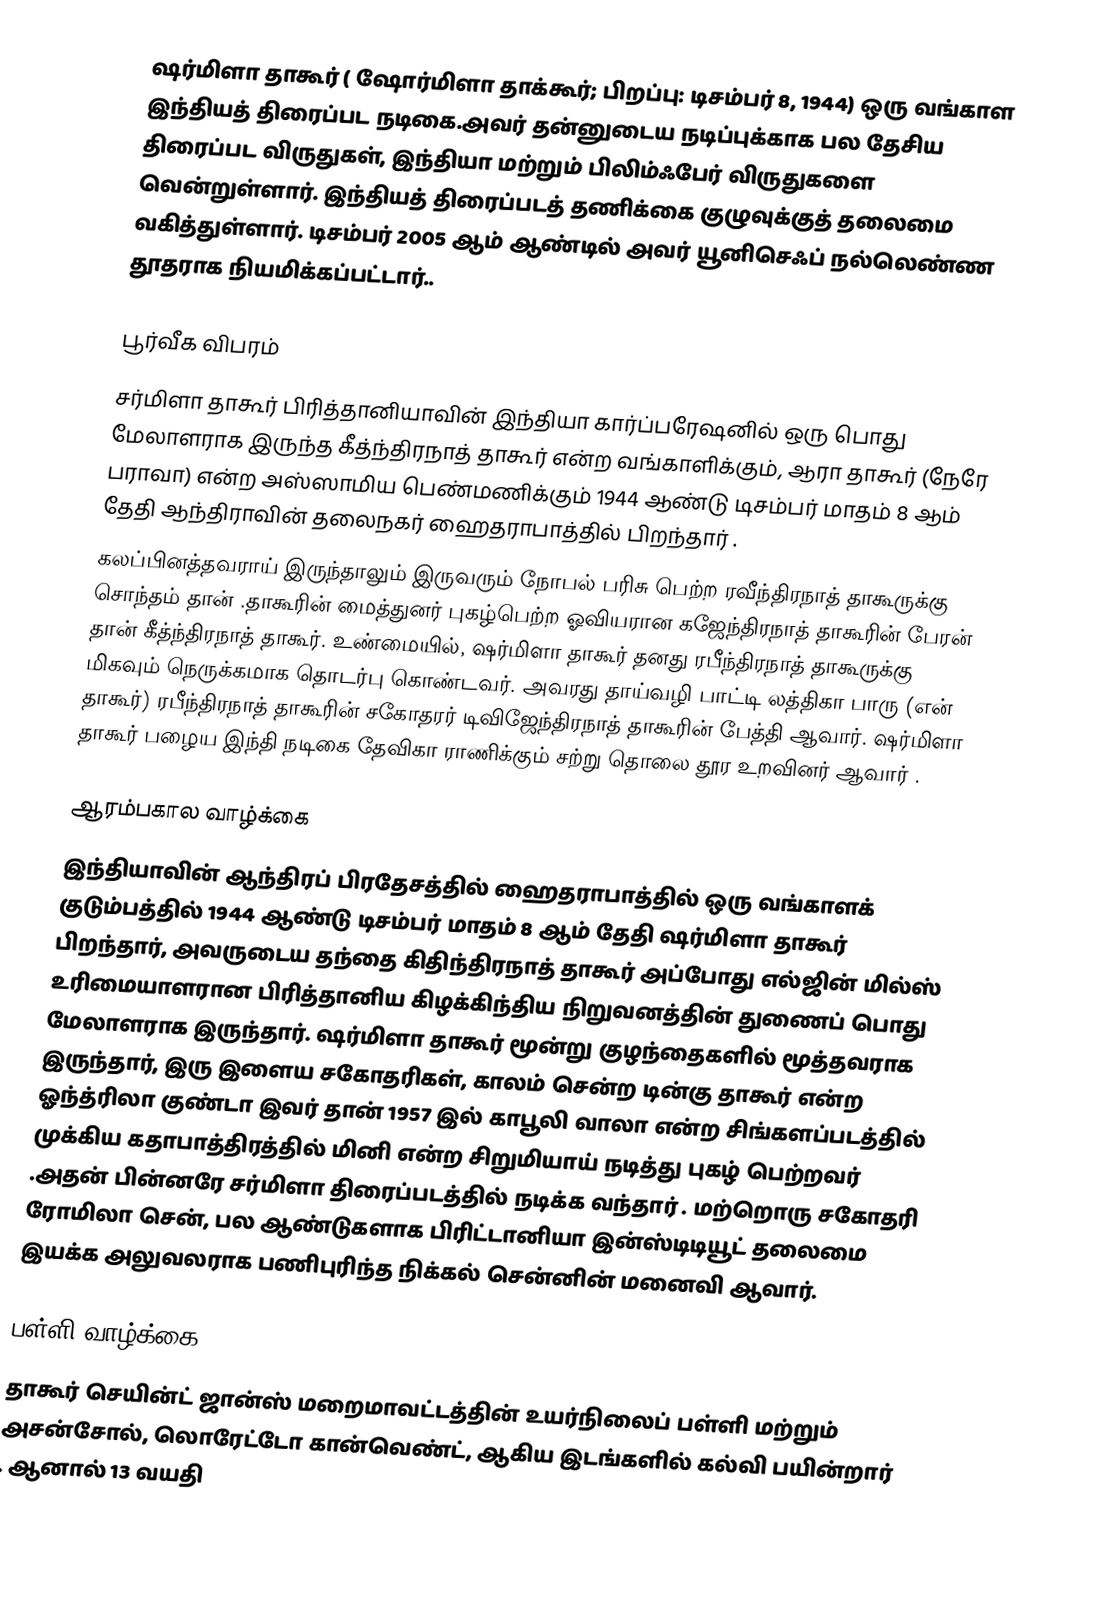
ஷர்மிளா தாகூர்  ( ஷோர்மிளா தாக்கூர்; பிறப்பு: டிசம்பர் 8, 1944) ஒரு வங்காள இந்தியத் திரைப்பட நடிகை.அவர் தன்னுடைய நடிப்புக்காக பல தேசிய திரைப்பட விருதுகள், இந்தியா மற்றும் பிலிம்ஃபேர் விருதுகளை வென்றுள்ளார். இந்தியத் திரைப்படத் தணிக்கை குழுவுக்குத் தலைமை வகித்துள்ளார். டிசம்பர் 2005 ஆம் ஆண்டில் அவர் யூனிசெஃப் நல்லெண்ண தூதராக நியமிக்கப்பட்டார்..

பூர்வீக விபரம்
சர்மிளா தாகூர் பிரித்தானியாவின் இந்தியா கார்ப்பரேஷனில் ஒரு பொது மேலாளராக இருந்த கீத்ந்திரநாத் தாகூர் என்ற வங்காளிக்கும், ஆரா தாகூர் (நேரே பராவா) என்ற அஸ்ஸாமிய பெண்மணிக்கும் 1944  ஆண்டு டிசம்பர் மாதம் 8 ஆம் தேதி ஆந்திராவின் தலைநகர் ஹைதராபாத்தில் பிறந்தார் .
கலப்பினத்தவராய் இருந்தாலும் இருவரும் நோபல் பரிசு பெற்ற ரவீந்திரநாத் தாகூருக்கு சொந்தம் தான் .தாகூரின் மைத்துனர் புகழ்பெற்ற ஓவியரான கஜேந்திரநாத்  தாகூரின் பேரன் தான்  கீத்ந்திரநாத் தாகூர். உண்மையில், ஷர்மிளா தாகூர் தனது ரபீந்திரநாத் தாகூருக்கு மிகவும் நெருக்கமாக தொடர்பு கொண்டவர். அவரது தாய்வழி பாட்டி லத்திகா பாரு (என் தாகூர்) ரபீந்திரநாத் தாகூரின் சகோதரர் டிவிஜேந்திரநாத் தாகூரின் பேத்தி ஆவார். ஷர்மிளா  தாகூர் பழைய இந்தி நடிகை தேவிகா ராணிக்கும் சற்று தொலை தூர உறவினர் ஆவார் .

ஆரம்பகால வாழ்க்கை
இந்தியாவின் ஆந்திரப் பிரதேசத்தில் ஹைதராபாத்தில் ஒரு வங்காளக் குடும்பத்தில் 1944  ஆண்டு டிசம்பர் மாதம் 8 ஆம் தேதி ஷர்மிளா தாகூர் பிறந்தார், அவருடைய தந்தை கிதிந்திரநாத் தாகூர் அப்போது எல்ஜின் மில்ஸ் உரிமையாளரான பிரித்தானிய கிழக்கிந்திய நிறுவனத்தின் துணைப் பொது மேலாளராக இருந்தார். ஷர்மிளா  தாகூர் மூன்று குழந்தைகளில் மூத்தவராக இருந்தார், இரு இளைய சகோதரிகள், காலம்  சென்ற  டின்கு தாகூர் என்ற ஓந்த்ரிலா குண்டா இவர் தான் 1957  இல் காபூலி வாலா  என்ற சிங்களப்படத்தில்  முக்கிய  கதாபாத்திரத்தில்  மினி  என்ற சிறுமியாய்  நடித்து  புகழ்  பெற்றவர் .அதன் பின்னரே சர்மிளா திரைப்படத்தில் நடிக்க வந்தார் .  மற்றொரு  சகோதரி ரோமிலா சென், பல ஆண்டுகளாக பிரிட்டானியா இன்ஸ்டிடியூட் தலைமை இயக்க அலுவலராக பணிபுரிந்த நிக்கல் சென்னின் மனைவி ஆவார்.

பள்ளி வாழ்க்கை
தாகூர் செயின்ட் ஜான்ஸ் மறைமாவட்டத்தின் உயர்நிலைப் பள்ளி மற்றும் அசன்சோல், லொரேட்டோ கான்வெண்ட்,  ஆகிய இடங்களில் கல்வி பயின்றார் . ஆனால் 13  வயதி